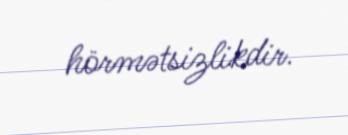
hörmətsizlikdir.